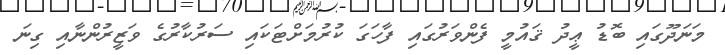
މަނަދޫގައި ބޮޑު ޢީދު ޤައުމީ ފެންވަރުގައި ފާހަގަ ކުރުމަށްޓަކައި ސަރުކާރުގެ ވަޒީރުންނާއި ގިނަ